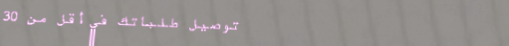
توصيل طلباتك في أقل من 30